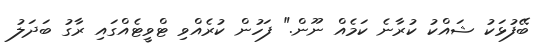
ބޭފުޅަކު ޝައްކު ކުރާނެ ކަމެއް ނޫން." ފަހުން ކުރެއްވި ޓްވީޓެއްގައި ރާގު ބަދަލު